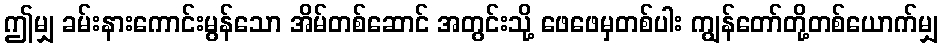
ဤမျှ ခမ်းနားကောင်းမွန်သော အိမ်တစ်ဆောင် အတွင်းသို့ ဖေဖေမှတစ်ပါး ကျွန်တော်တို့တစ်ယောက်မျှ